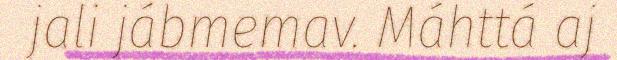
jali jábmemav. Máhttá aj